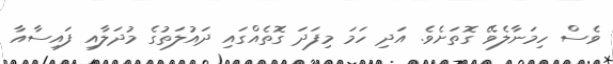
ވެސް ހިމަނާލެވޭ ގޮތަށެވެ. އަދި ހަމަ މިފަދަ ގޮތެއްގައި ދައުލަތުގެ މުދަލާއި ފައިސާއާ